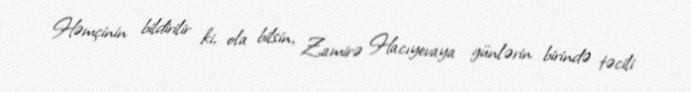
Həmçinin bildirilir ki, ola bilsin, Zamirə Hacıyevaya günlərin birində təcili